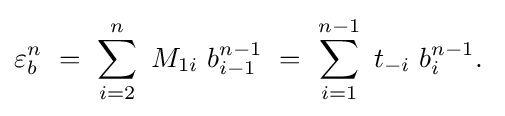
\varepsilon _{b}^{n}\ =\ \sum _{i=2}^{n}\ M_{1i}\ b_{i-1}^{n-1}\ =\ \sum _{i=1}^{n-1}\ t_{-i}\ b_{i}^{n-1}.\